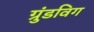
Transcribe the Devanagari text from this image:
ग्रुंडविग